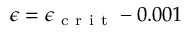
\epsilon = \epsilon _ { \mathrm { ~ c ~ r ~ i ~ t ~ } } - 0 . 0 0 1